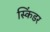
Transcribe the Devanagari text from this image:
स्किंडर